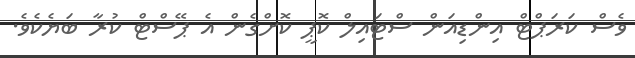
ވެސް ކަރަޕްޓް އިންޑިއަން ސްޓައިލް ކޮޕީ ކޮށްގެން އެ ޕޭސްޓް ކުރާ ބަޔެކެވެ.